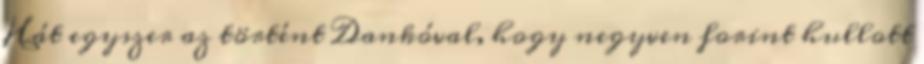
Hát egyszer az történt Dankóval, hogy negyven forint hullott